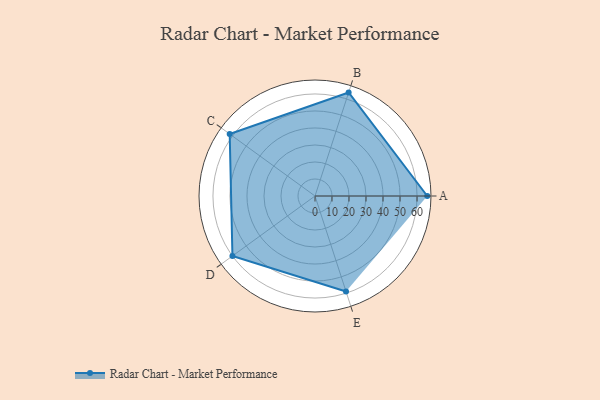
{"axis": {"x": "Skill", "y": "Score"}, "legend": ["Profile"], "data": [{"x": "A", "y": 66.0, "type": "Profile"}, {"x": "B", "y": 64.0, "type": "Profile"}, {"x": "C", "y": 62.0, "type": "Profile"}, {"x": "D", "y": 60.0, "type": "Profile"}, {"x": "E", "y": 59.0, "type": "Profile"}]}